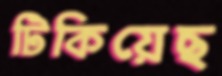
টিকিয়েছ